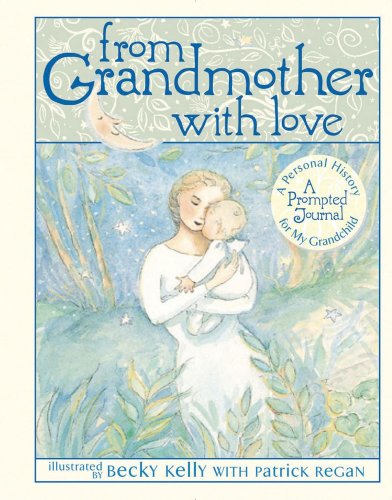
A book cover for From Grandmother with Love; Becky Kelly; Parenting & Relationships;